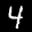
Label: 4